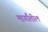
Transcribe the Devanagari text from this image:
मार्गांतील